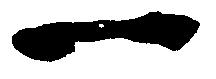
一